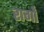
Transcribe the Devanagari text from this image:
रागोँ